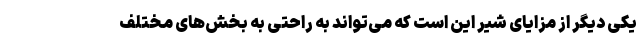
یکی دیگر از مزایای شیر این است که می‌تواند به راحتی به بخش‌های مختلف